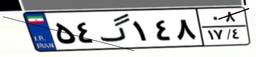
۸۰گ۳۲۳۶۷